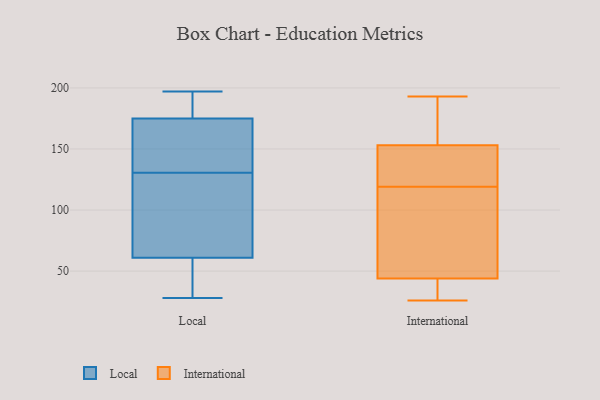
{"axis": {"x": "Demand Index", "y": "Value"}, "legend": ["International", "Local"], "data": [{"x": "", "y": 61, "type": "Local"}, {"x": "", "y": 136, "type": "Local"}, {"x": "", "y": 54, "type": "Local"}, {"x": "", "y": 125, "type": "Local"}, {"x": "", "y": 193, "type": "Local"}, {"x": "", "y": 175, "type": "Local"}, {"x": "", "y": 41, "type": "Local"}, {"x": "", "y": 136, "type": "Local"}, {"x": "", "y": 121, "type": "Local"}, {"x": "", "y": 28, "type": "Local"}, {"x": "", "y": 84, "type": "Local"}, {"x": "", "y": 170, "type": "Local"}, {"x": "", "y": 187, "type": "Local"}, {"x": "", "y": 44, "type": "Local"}, {"x": "", "y": 197, "type": "Local"}, {"x": "", "y": 164, "type": "Local"}, {"x": "", "y": 186, "type": "Local"}, {"x": "", "y": 91, "type": "Local"}, {"x": "", "y": 143, "type": "International"}, {"x": "", "y": 31, "type": "International"}, {"x": "", "y": 26, "type": "International"}, {"x": "", "y": 34, "type": "International"}, {"x": "", "y": 131, "type": "International"}, {"x": "", "y": 153, "type": "International"}, {"x": "", "y": 97, "type": "International"}, {"x": "", "y": 129, "type": "International"}, {"x": "", "y": 188, "type": "International"}, {"x": "", "y": 141, "type": "International"}, {"x": "", "y": 167, "type": "International"}, {"x": "", "y": 162, "type": "International"}, {"x": "", "y": 193, "type": "International"}, {"x": "", "y": 78, "type": "International"}, {"x": "", "y": 44, "type": "International"}, {"x": "", "y": 99, "type": "International"}, {"x": "", "y": 38, "type": "International"}, {"x": "", "y": 109, "type": "International"}]}